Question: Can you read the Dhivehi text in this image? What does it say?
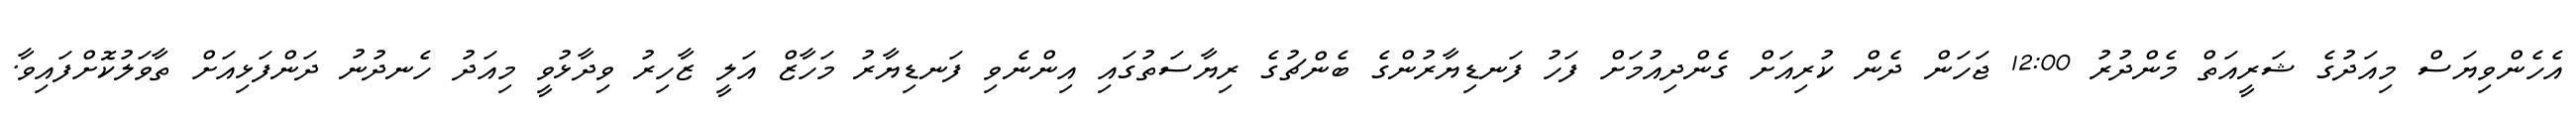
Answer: އެހެންވިޔަސް މިއަދުގެ ޝަރީއަތް މެންދުރު 12:00 ޖަހަން ދެން ކުރިއަށް ގެންދިއުމަށް ފަހު ފަނޑިޔާރުންގެ ބެންޗުގެ ރިޔާސަތުގައި އިންނެވި ފަނޑިޔާރު މަހާޒް އަލީ ޒާހިރު ވިދާޅުވީ މިއަދު ހެނދުނު ދަންފަޅިއަށް ތާވަލުކޮށްފައިވާ.